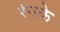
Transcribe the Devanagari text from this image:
रंगके